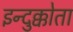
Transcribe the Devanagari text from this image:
इन्दुक्कोता